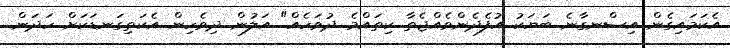
އެކަމައިގެން އިސްނގާނެ ބަޔަކު އުފެދެންވެއްޖެތާ ކިތައްމެ ދުވަހެއް" އަލުން ދިވެހިން އެކަތިގަނޑަކަށް ހަދަން